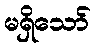
မရှိသော်